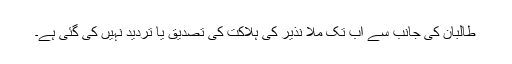
طالبان کی جانب سے اب تک ملا نذیر کی ہلاکت کی تصدیق یا تردید نہیں کی گئی ہے۔